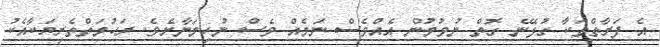
އެ ފަރާތްތަކާ ގުޅޭނެ ގޮތް ނުވުމުން އެއްވެސް ނަމެއް ވެސް ނުހިމަނާށެވެ. ރަހުމަތްތެެރިޔަކާއެކު